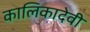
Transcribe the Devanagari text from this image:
कालिकादेवी